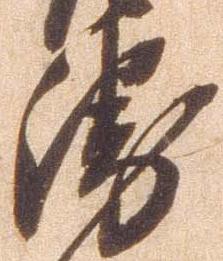
衛